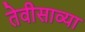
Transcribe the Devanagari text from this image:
तेवीसाव्‍या